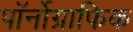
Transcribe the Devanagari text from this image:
पॉर्नोग्राफिक